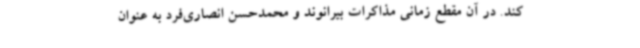
کند. در آن مقطع زمانی مذاکرات بیرانوند و محمدحسن انصاری‌فرد به عنوان